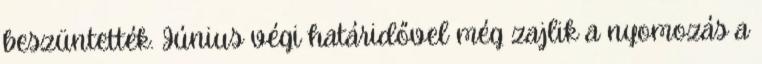
beszüntették. Június végi határidővel még zajlik a nyomozás a